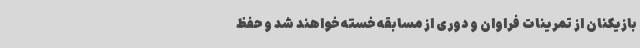
بازیکنان از تمرینات فراوان و دوری از مسابقه خسته خواهند شد و حفظ